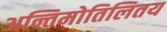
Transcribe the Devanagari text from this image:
अन्तिमोतिलितय